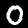
Digit: 0